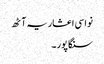
نواسی اعشاریہ آٹھ
سنگاپور ۔